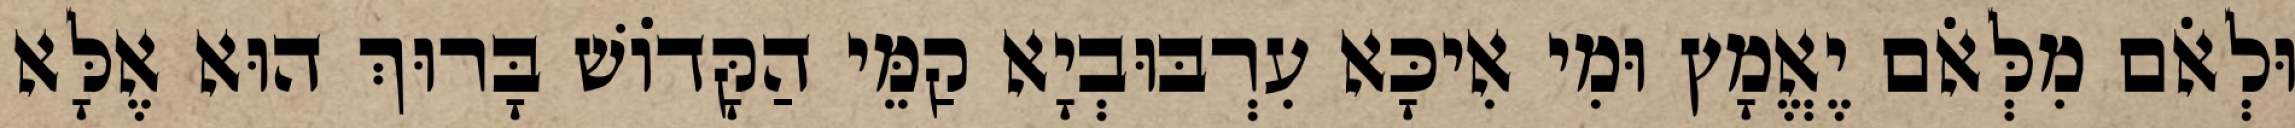
וּלְאֹם מִלְּאֹם יֶאֱמָץ וּמִי אִיכָּא עִרְבּוּבְיָא קַמֵּי הַקָּדוֹשׁ בָּרוּךְ הוּא אֶלָּא